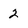
Character: 2